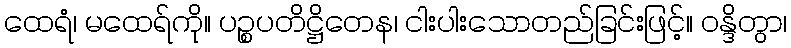
ထေရံ၊ မထေရ်ကို။ ပဉ္စပတိဋ္ဌိတေန၊ ငါးပါးသောတည်ခြင်းဖြင့်။ ဝန္ဒိတွာ၊